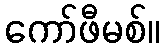
ကော်ဖီမစ်။